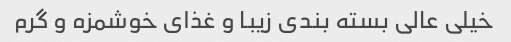
خیلی عالی بسته بندی زیبا و غذای خوشمزه و گرم